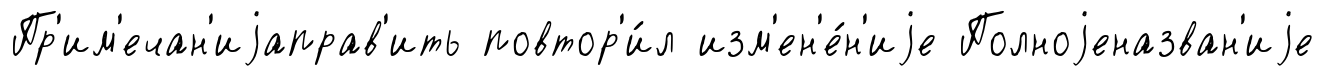
Пр'им'ечан'иjаправ'ить повтор'и́л изм'ен'е́н'иjе Полноjеназван'иjе